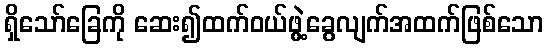
ရှိသော်ခြေကို ဆေး၍ထက်ဝယ်ဖွဲ့ခွေလျက်အထက်ဖြစ်သော